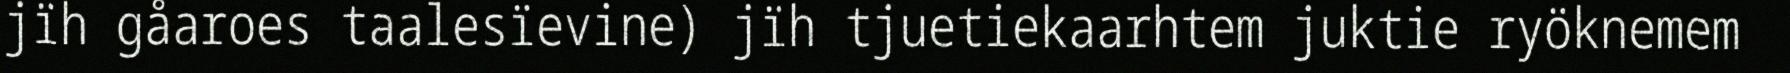
jïh gåaroes taalesïevine) jïh tjuetiekaarhtem juktie ryöknemem